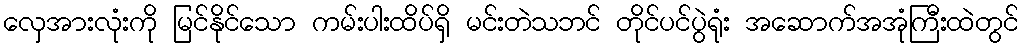
လှေအားလုံးကို မြင်နိုင်သော ကမ်းပါးထိပ်ရှိ မင်းတဲသဘင် တိုင်ပင်ပွဲရုံး အဆောက်အအုံကြီးထဲတွင်